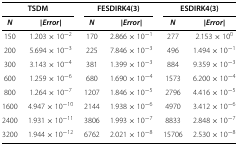
<table><thead><tr><td colspan="2"><b>TSDM</b></td><td colspan="2"><b>FESDIRK4(3)</b></td><td colspan="2"><b>ESDIRK4(3)</b></td></tr><tr><td><b><i>N</i></b></td><td><b>| <i>E</i><i>r</i><i>r</i><i>o</i><i>r</i>|</b></td><td><b><i>N</i></b></td><td><b>| <i>E</i><i>r</i><i>r</i><i>o</i><i>r</i>|</b></td><td><b><i>N</i></b></td><td><b>| <i>E</i><i>r</i><i>r</i><i>o</i><i>r</i>|</b></td></tr></thead><tbody><tr><td>150</td><td>1.203×10<sup>−2</sup></td><td>170</td><td>2.866×10<sup>−1</sup></td><td>277</td><td>2.153×10<sup>0</sup></td></tr><tr><td>200</td><td>5.694×10<sup>−3</sup></td><td>225</td><td>7.846×10<sup>−3</sup></td><td>496</td><td>1.494×10<sup>−1</sup></td></tr><tr><td>300</td><td>3.143×10<sup>−4</sup></td><td>381</td><td>1.399×10<sup>−3</sup></td><td>884</td><td>9.359×10<sup>−3</sup></td></tr><tr><td>600</td><td>1.259×10<sup>−6</sup></td><td>680</td><td>1.690×10<sup>−4</sup></td><td>1573</td><td>6.200×10<sup>−4</sup></td></tr><tr><td>800</td><td>1.264×10<sup>−7</sup></td><td>1207</td><td>1.846×10<sup>−5</sup></td><td>2796</td><td>4.416×10<sup>−5</sup></td></tr><tr><td>1600</td><td>4.947×10<sup>−10</sup></td><td>2144</td><td>1.938×10<sup>−6</sup></td><td>4970</td><td>3.412×10<sup>−6</sup></td></tr><tr><td>2400</td><td>1.931×10<sup>−11</sup></td><td>3806</td><td>1.993×10<sup>−7</sup></td><td>8833</td><td>2.848×10<sup>−7</sup></td></tr><tr><td>3200</td><td>1.944×10<sup>−12</sup></td><td>6762</td><td>2.021×10<sup>−8</sup></td><td>15706</td><td>2.530×10<sup>−8</sup></td></tr></tbody></table>